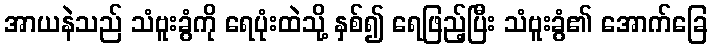
အာယနဲသည် သံဗူးခွံကို ရေပုံးထဲသို့ နှစ်၍ ရေဖြည့်ပြီး သံဗူးခွံ၏ အောက်ခြေ